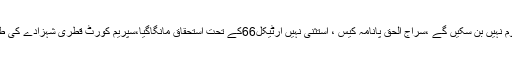
اسد عمر آرٹیکل 62,63 پر عمل نہ ہوا تو قیامت تک ایماندار قوم نہیں بن سکیں گے ،ْسراج الحق پانامہ کیس ، استثنیٰ نہیں آرٹیکل66کے تحت استحقاق مانگاگیا،سپریم کورٹ قطری شہزادے کی طرح عمران خان کا بھی ایک شہزادہ ہے ، پیر کو ثبوت لاؤں گا۔